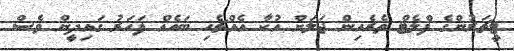
ޓީޗަރުންގެ ފްލެޓް ތެރެއިން ޖަލަށް އުކާ އެއްޗެހި ބައެއް ފަހަރު ގައިދީން ވެސް